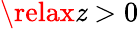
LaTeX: \relax\mathit{z}>0